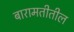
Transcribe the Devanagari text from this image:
बारामतीतील